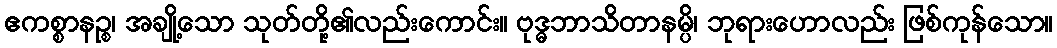
ဧကစ္စာနဉ္စ၊ အချို့သော သုတ်တို့၏လည်းကောင်း။ ဗုဒ္ဓဘာသိတာနမ္ပိ၊ ဘုရားဟောလည်း ဖြစ်ကုန်သော။